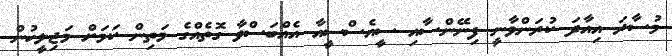
މުސާރަ އިއާދަ ކުރަންވާނީ ފިނޭންސާއި ސީއެސްސީއާ އެއްބަސްވާ ގޮތެއްގެ މަތިން ކަމަށް މަޖިލީހުން